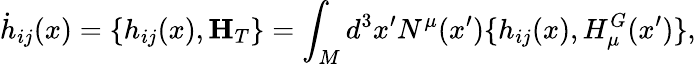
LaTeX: {}\dot{h}_{ij}(x)=\{ h_{ij}(x),{\mathbf H}_{T}\} =\int_{M}d^{3}x^{\prime}N^{\mu}(x^{\prime})\{ h_{ij}(x),H_{\mu}^{G}(x^{\prime})\} ,